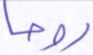
روحا